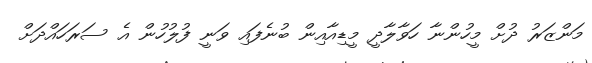
މަންޒަރު ދުށް މީހުންނާ ހަވާލާދީ މީޑިއާއިން ބުނެފައި ވަނީ ފުލުހުން އެ ސަރަހައްދަށް